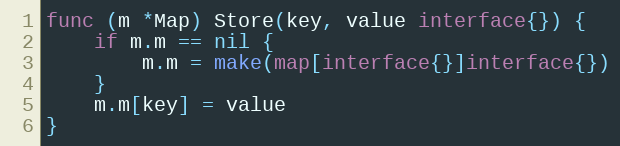
Language: Go
func (m *Map) Store(key, value interface{}) {
	if m.m == nil {
		m.m = make(map[interface{}]interface{})
	}
	m.m[key] = value
}